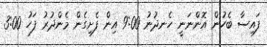
ފައިސާ ބެހުން އޮންނަނީ ހެނދުނު 9:00 އިން ފެށިގެން މެންދުރު ފަހު 3:00